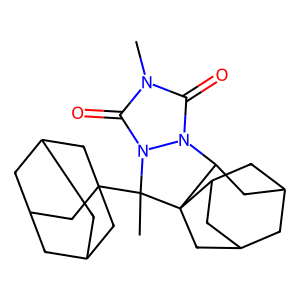
SMILES: Cn1c(=O)n2n(c1=O)C(C)(C13CC4CC(CC(C4)C1)C3)C13CC4CC(CC1C4)CC23
Inhibits HIV replication: No